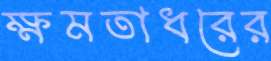
ক্ষমতাধরের